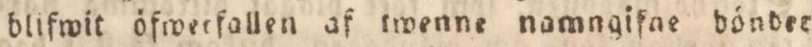
blifwit öfwerfallen af twenne namngifne bönder